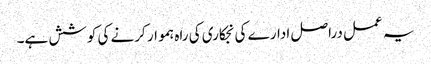
یہ عمل دراصل ادارے کی نجکاری کی راہ ہموار کرنے کی کوشش ہے۔